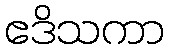
ဧဒိသကာ